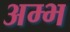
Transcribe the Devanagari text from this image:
अम्भ